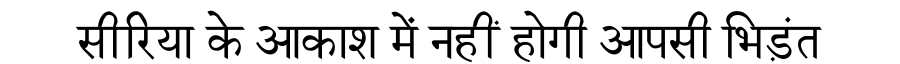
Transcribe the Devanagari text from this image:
सीरिया के आकाश में नहीं होगी आपसी भिड़ंत